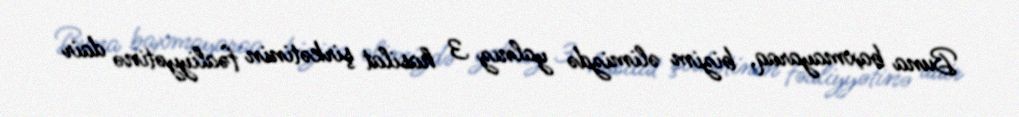
Buna baxmayaraq, bizim əlimizdə yalnız 3 hasilat şirkətinin fəaliyyətinə dair